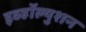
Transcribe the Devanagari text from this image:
इव्हॉल्युशन